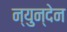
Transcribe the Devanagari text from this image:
न्युन्देन